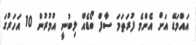
އައްމަޑޭ އަށް އެންމެ ފުރަތަމަ ސާފް ބޯޑެއް ލިބުނީ އުމުރުން 10 އަހަރުގަ